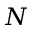
N